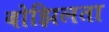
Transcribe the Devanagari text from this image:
बोझिलता